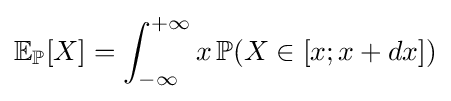
\mathbb {E} _{\mathbb {P} }[X]=\int _{-\infty }^{+\infty }x\,\mathbb {P} (X\in [x;x+dx])